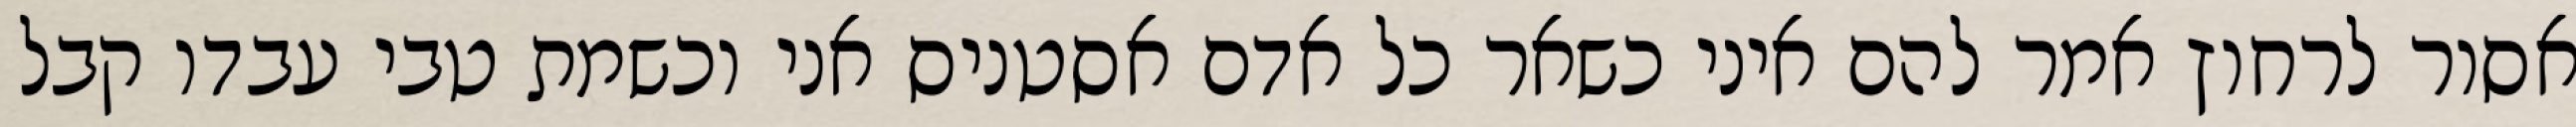
אסור לרחוץ אמר להם איני כשאר כל אדם אסטניס אני וכשמת טבי עבדו קבל